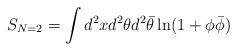
LaTeX: \begin{align*}S_{N=2}=\int d^{2}x d^{2}\theta d^{2}\bar{\theta}\ln(1+\phi\bar{\phi})\end{align*}